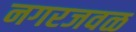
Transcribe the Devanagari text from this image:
नगरजवळ